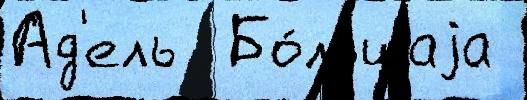
Ад'ель  Бо́льшаjа